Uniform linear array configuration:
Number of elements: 8
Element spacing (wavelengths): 0.75
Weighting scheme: blackman
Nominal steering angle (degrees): -30
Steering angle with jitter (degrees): -30.246
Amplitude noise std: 0.05
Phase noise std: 0.05

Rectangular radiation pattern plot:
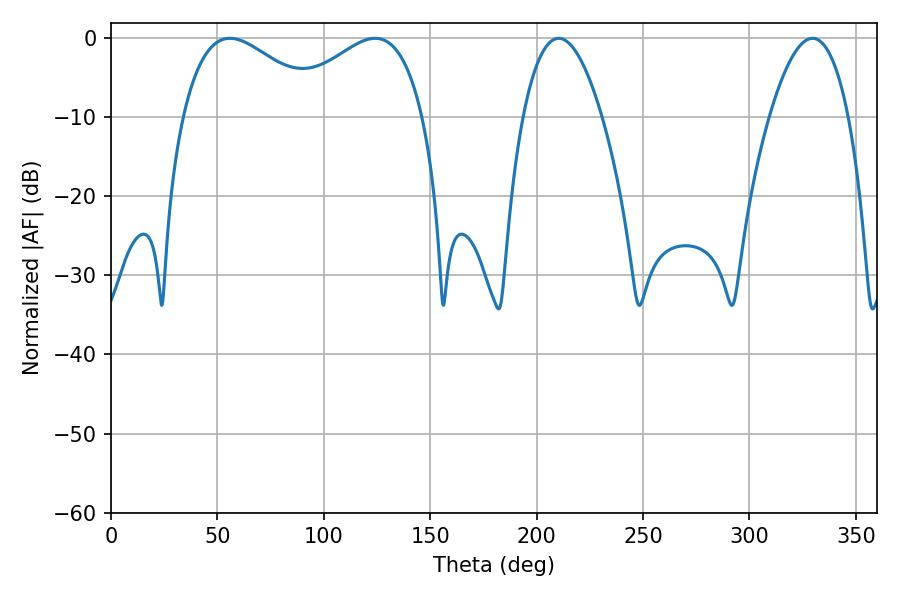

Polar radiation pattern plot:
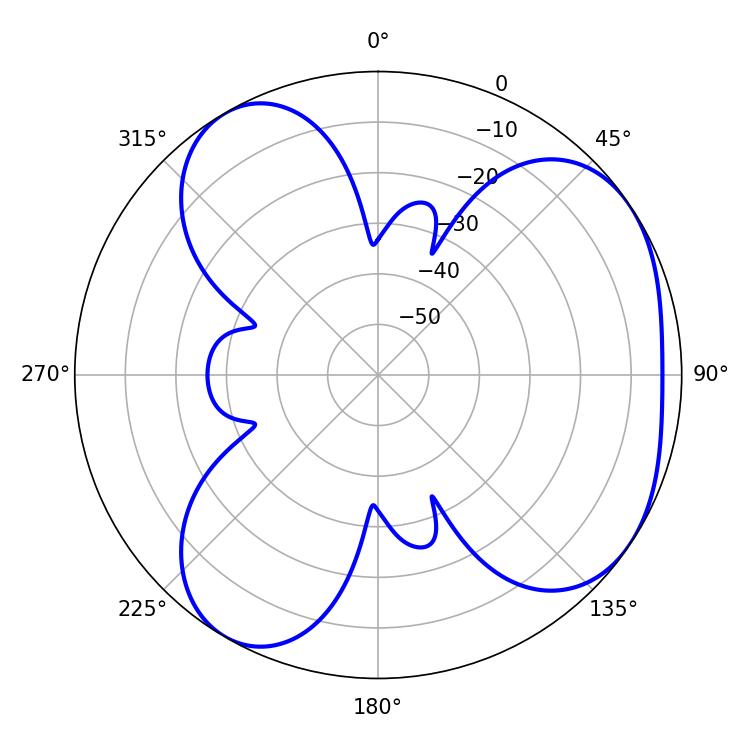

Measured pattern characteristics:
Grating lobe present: TRUE
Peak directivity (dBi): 4.636
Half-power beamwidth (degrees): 36.36
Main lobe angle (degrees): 55.8